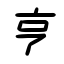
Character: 亨